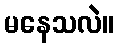
မနေသလဲ။